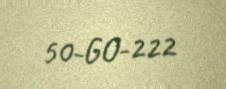
50-GO-222